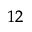
^ { 1 2 }